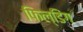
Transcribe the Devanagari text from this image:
फिल्डिंग